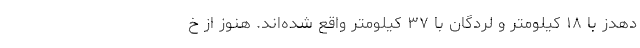
دهدز با ۱۸ کیلومتر و لردگان با ۳۷ کیلومتر واقع شده‌اند. هنوز از خ